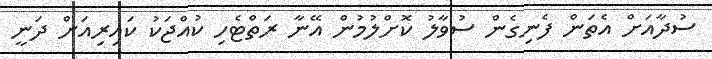
ސުދާއަށް އެތަން ފެނިގެން ސުވާލު ކޮށްލުމުން އޭނާ ރަތްޓެހި ކުއްޖަކު ކައިރިއަށް ދަނީ